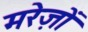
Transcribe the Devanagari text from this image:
मरेज़ों